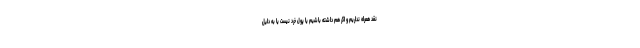
نقد همراه نداریم و اگر هم داشته باشیم یا پول خُرد نیست یا به دلیل